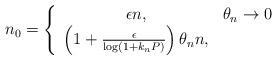
LaTeX: \begin{align*} n_0 = \left \{ \begin{array}{cc} \epsilon n , & \theta_n \to 0 \\ \left( 1 + \frac{\epsilon}{\log ( 1+k_n P) } \right) \theta_n n, & \end{array} \right. \end{align*}